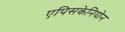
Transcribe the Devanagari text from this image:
एपिसकेनियोन